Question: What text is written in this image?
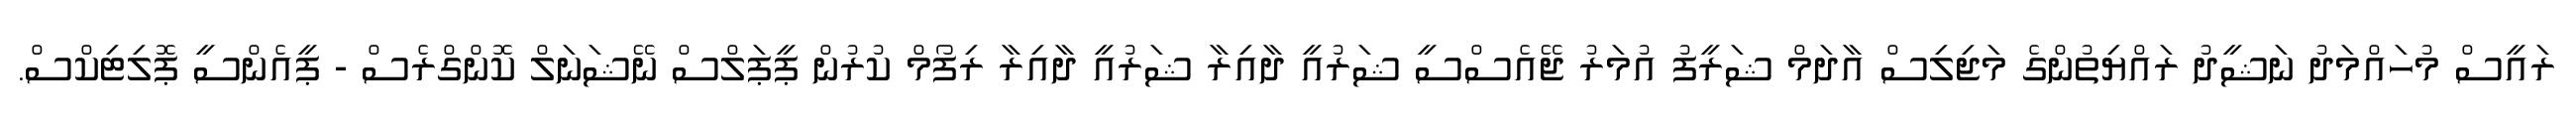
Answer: ރައީސް މުހައްމަދު ނަޝީދު ރައްޔިތުންގެ މަޖިލިސް އާދަމް ޝަރީފު އުމަރު ޖޭއެސްސީ ޝަރުއީ ދާއިރާ ޝަރުއީ ދާއިރާ ރިފޯމް ކުރުން ޕީޕަލްސް ނޭޝަނަލް ކޮންގްރެސް - ޕީއެންސީ ޕޮލިޓިކްސް.